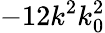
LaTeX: -12k^{2}k_{0}^{2}